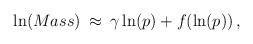
LaTeX: \begin{align*}\ln(Mass) \: \approx \: \gamma \ln (p) + f(\ln (p))\, ,\end{align*}